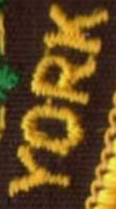
YORK